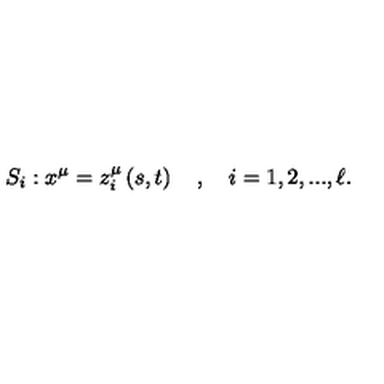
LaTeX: S _ { i } : x ^ { \mu } = z _ { i } ^ { \mu } \left( s , t \right) \quad , \quad i = 1 , 2 , . . . , \ell .